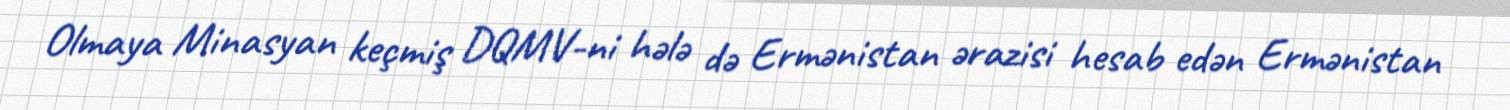
Olmaya Minasyan keçmiş DQMV-ni hələ də Ermənistan ərazisi hesab edən Ermənistan